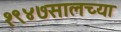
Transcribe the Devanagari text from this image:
१९४७सालच्या